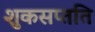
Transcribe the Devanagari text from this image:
शुकसप्तति